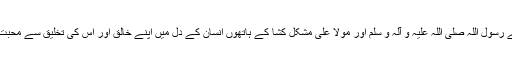
اور وہ راز ہے رسول اللّٰہ صلّی اللّہ علیہِ و آلہ و سلّم اور مولا علی مشکل کُشا کے ہاتھوں انسان کے دل میں اپنے خالق اور اُس کی تخلیق سے محبت کی پرورش۔